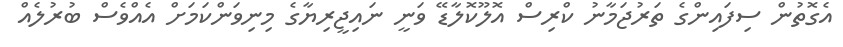
އެގޮތުން ސިފައިންގެ ތަރުޖަމާނު ކްރިސް އޮލޫކޮލާޑޭ ވަނީ ނައިޖީރިޔާގެ މިނިވަންކަމަށް އެއްވެސް ބުރުލެއް